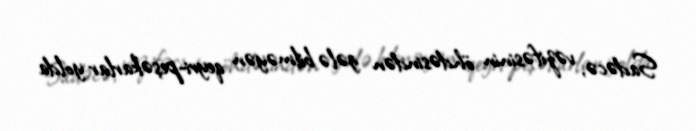
Sadəcə, vəzifəsinin öhdəsindən gələ bilməyən qeyri-peşəkarlar yolda